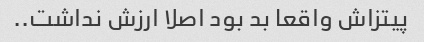
پیتزاش واقعا بد بود اصلا ارزش نداشت..